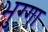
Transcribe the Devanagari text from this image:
भुग्गा